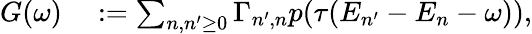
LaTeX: \begin{array}{rl}{G(\omega)}&{{}:=\sum_{n,n^{\prime}\geq 0}\Gamma_{n^{\prime},n}p(\tau(E_{n^{\prime}}-E_{n}-\omega)),}\end{array}